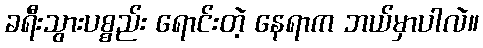
ခရီးသွားပစ္စည်း ရောင်းတဲ့ နေရာက ဘယ်မှာပါလဲ။